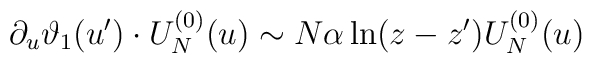
\partial_u \vartheta_1(u') \cdot U_N^{(0)}(u) \sim N\alpha \ln(z-z')U_N^{(0)}(u)